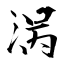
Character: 涡